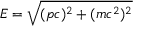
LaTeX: E = { \sqrt { ( p c ) ^ { 2 } + ( m c ^ { 2 } ) ^ { 2 } } }